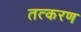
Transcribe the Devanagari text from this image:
तत्करण